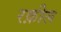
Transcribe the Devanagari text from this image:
रक़ील